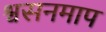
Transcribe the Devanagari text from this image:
श्वसनमाप